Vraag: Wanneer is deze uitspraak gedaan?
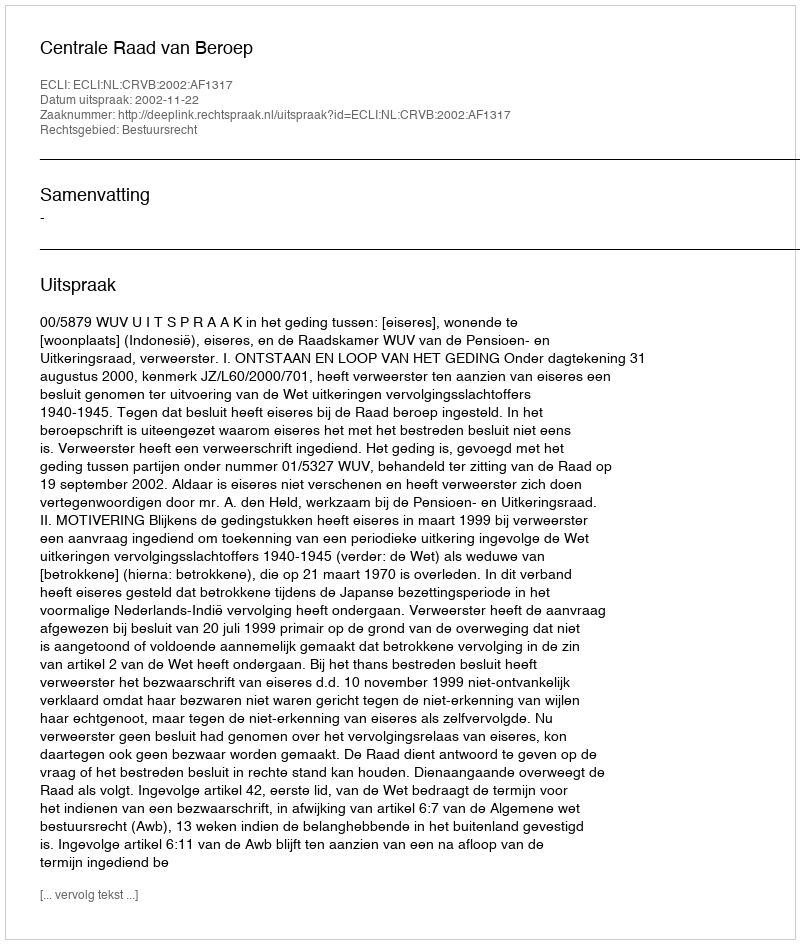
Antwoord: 2002-11-22